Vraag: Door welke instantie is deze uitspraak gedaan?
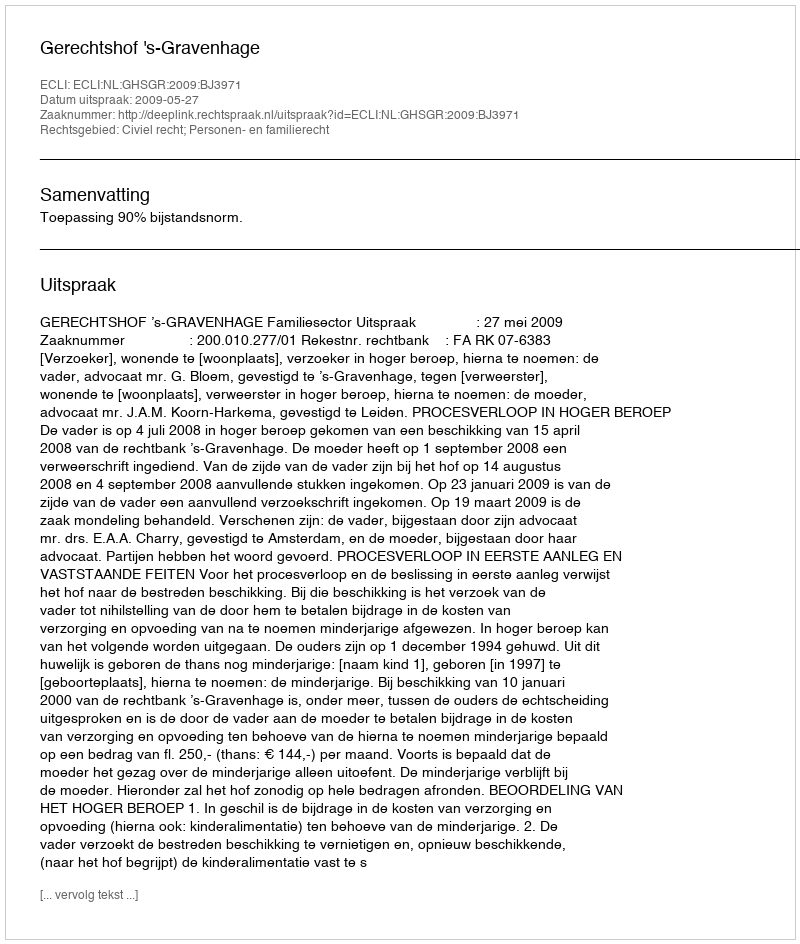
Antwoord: Gerechtshof 's-Gravenhage